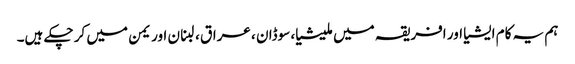
ہم یہ کام ایشیا اور افریقہ میں ملیشیا، سوڈان ، عراق ، لبنان اور یمن میں کر چکے ہیں۔